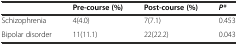
<table><thead><tr><td></td><td><b>Pre-course (%)</b></td><td><b>Post-course (%)</b></td><td><b><i>P*</i></b></td></tr></thead><tbody><tr><td>Schizophrenia</td><td>4(4.0)</td><td>7(7.1)</td><td>0.453</td></tr><tr><td>Bipolar disorder</td><td>11(11.1)</td><td>22(22.2)</td><td>0.043</td></tr></tbody></table>